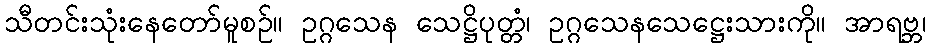
သီတင်းသုံးနေတော်မူစဉ်။ ဥဂ္ဂသေန သေဋ္ဌိပုတ္တံ၊ ဥဂ္ဂသေနသေဋ္ဌေးသားကို။ အာရဗ္ဘ၊